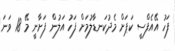
ފަހު އޭއެފްސީ ކަޕަށް މެދުކަނޑާލުމަށް ފަހު އަލުން ފަށާނީ މޭ 18 ވަނަ